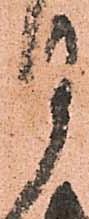
月